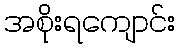
အစိုးရကျောင်း